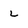
Character: L